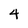
Character: 4